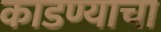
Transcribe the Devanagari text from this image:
काडण्याचा